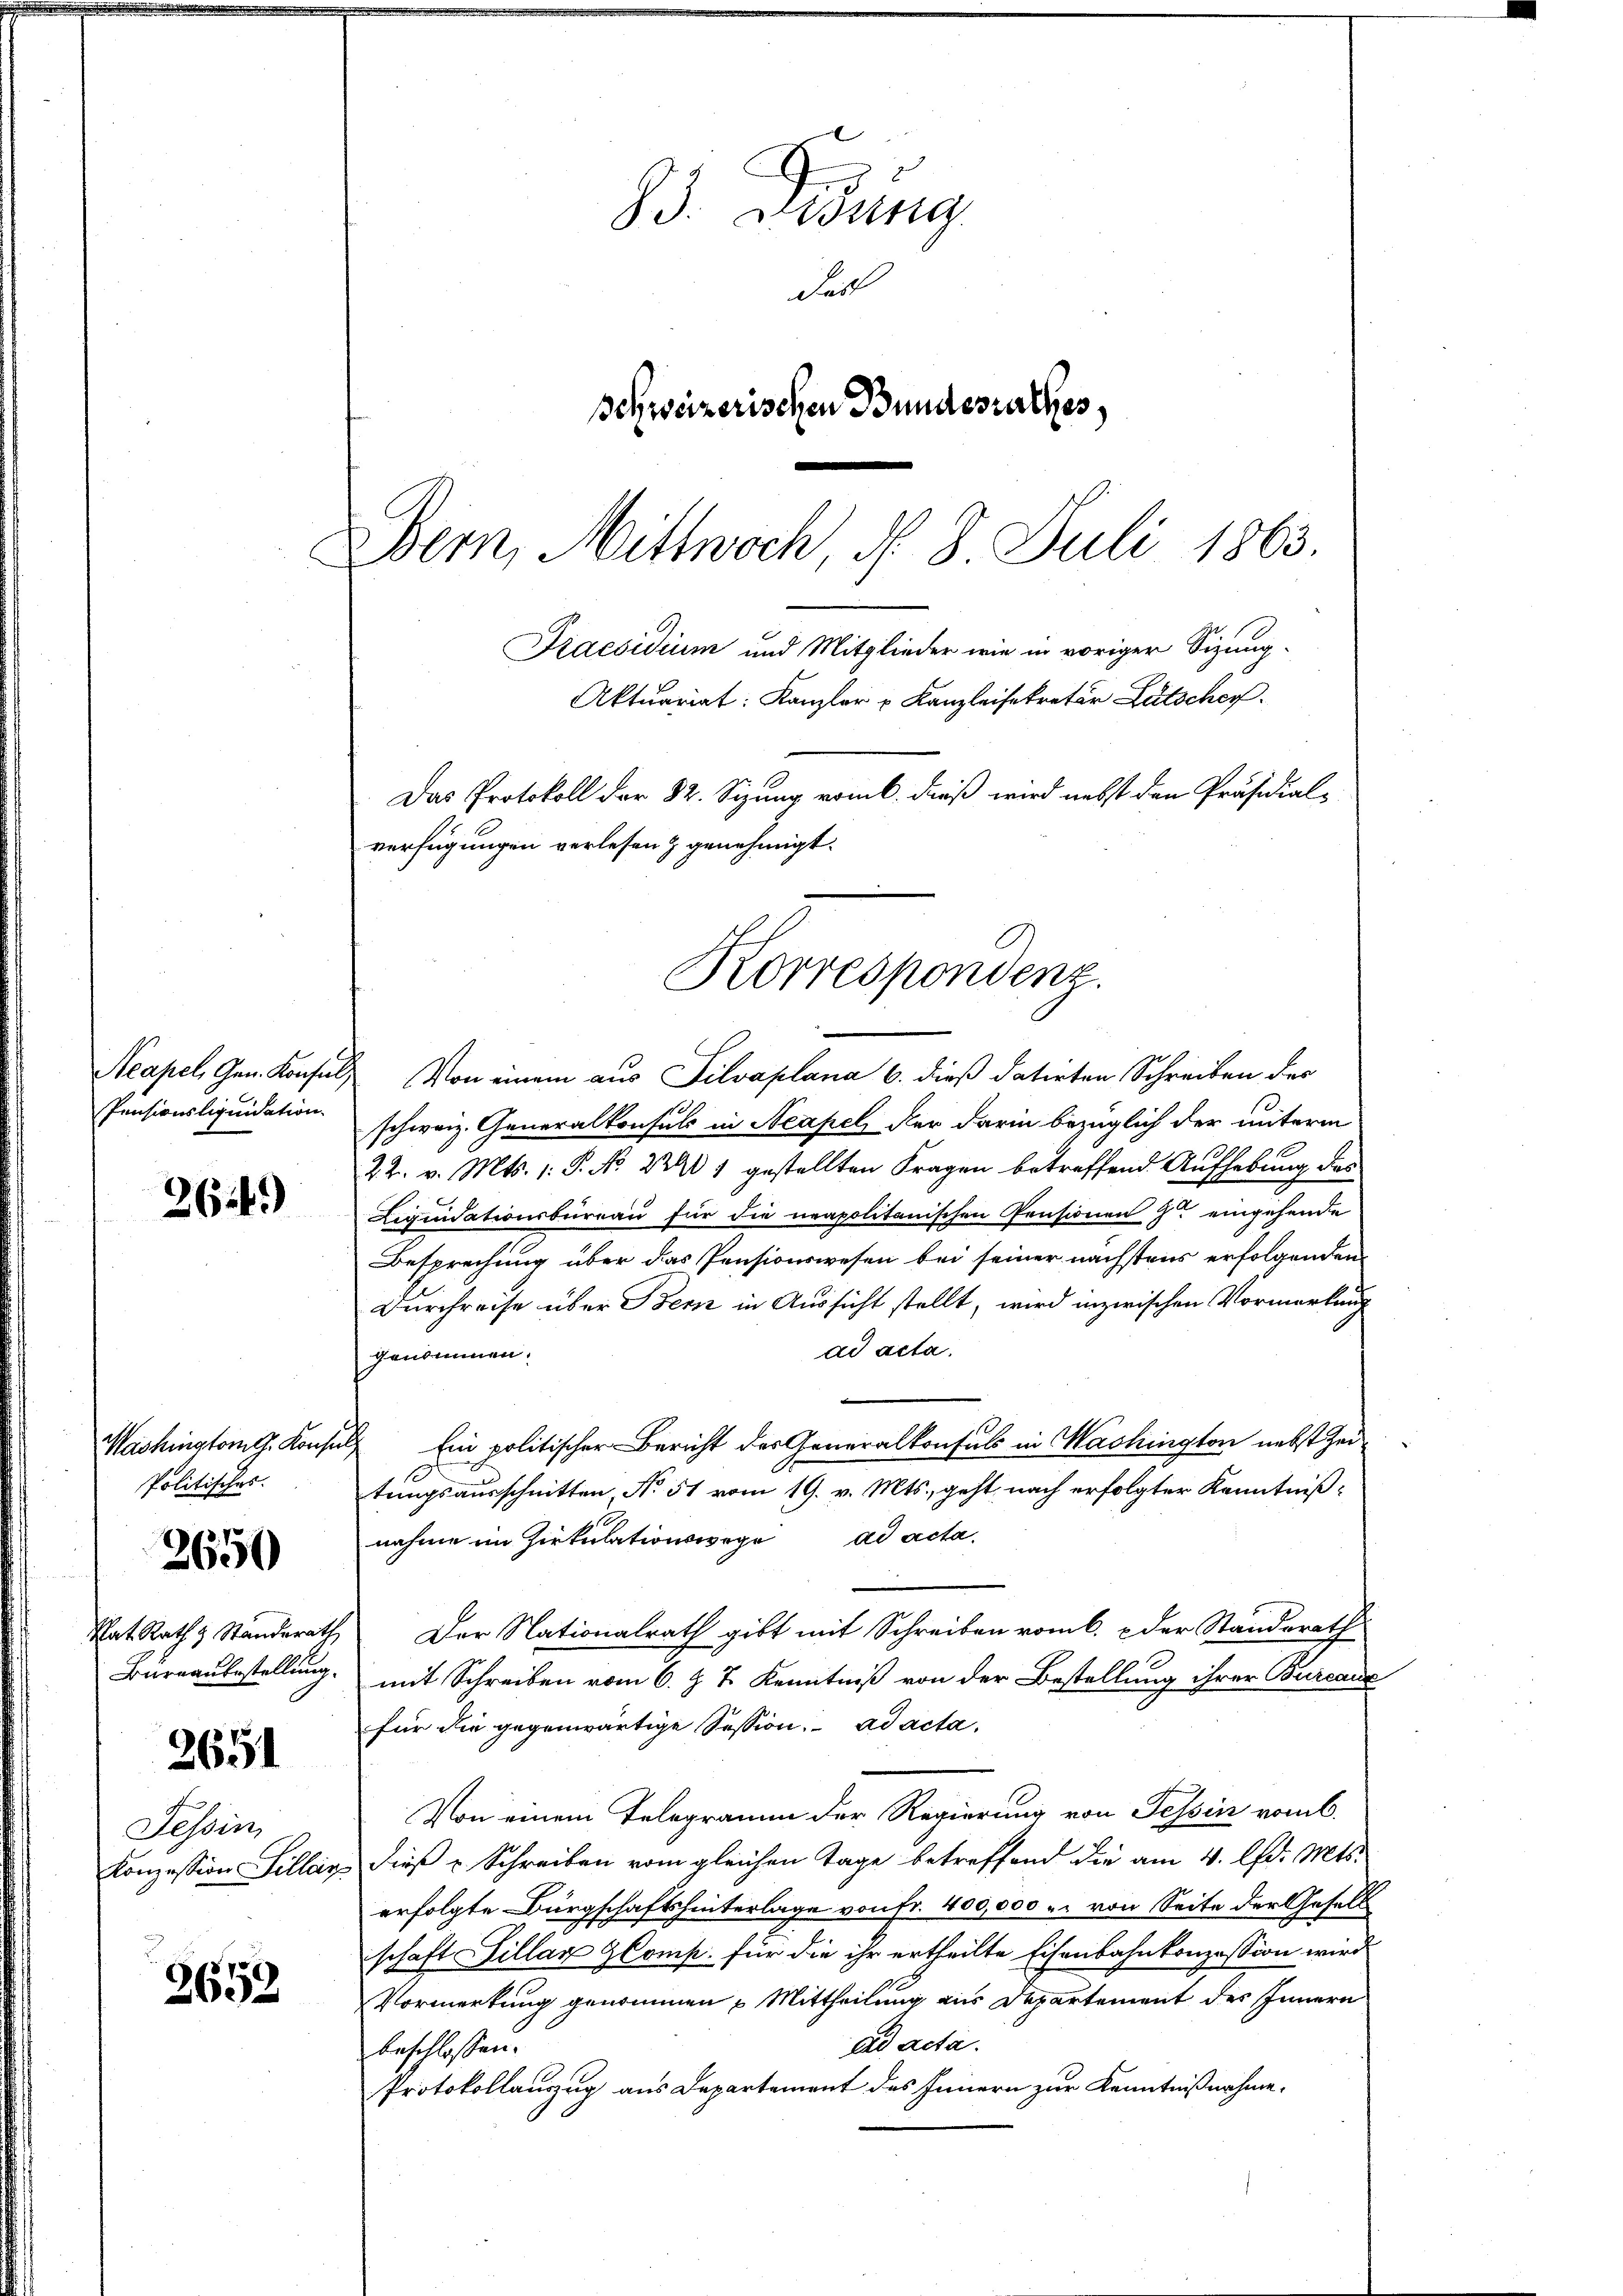
Neapel Gen. Konsul,
Pensionsliquidation.

Washington G. Konsu
Politisches.

2649)

2650

Rat. Rath & Standerath
Bureaubestellung.

2651

2653

Tessin,

Bern, Mittwoch, d. 8. Juli 1863.
Diaesidium und Mitglieder wie in voriger Sizung¬
Aktuariat: Kanzler u Kanzleisekretär Lütschen.
Das Protokoll der 82. Sizung vom 6. dieß wird nebst den Präsidial-
verfügungen verlesen & genehmigt.
Korrespondenz.

93. Didung
Fall
Schweizerischen Bundesrathes,

Von einem aus Silvaplana 6. dieß datirten Schreiben des
schweiz. Generalkonsuls in Neapel der darin bezüglich der unterm
22. v. Mts. 1: P. No 2240 1 gestellten Fragen betreffend Aufhebung des
Liquidationsbüreau für die neapolitanischen Pensionen J. eingehende
Besprechung über das Pensionswesen bei seiner nächstens erfolgenden
Durchreise über Bern in Aussicht stellt, wird inzwischen Vormerkung
ad acta.
genommen.
ich
Ein politischer Bericht der Generalkonsuls in Mashington nebst Zeitungsausschnitten, No 51 vom 19. v. Mts., geht nach erfolgter Kenntnißnahme im Zirkulationswege ad acta.
Der Nationalrath gibt mit Schreiben vom 6. & der Standsrath
mit Schreiben vom 6. J. J. Kenntniß von der Bestellung ihrer Burcane
für die gegenwärtige Session, ad acta,
Von einem Telegramm der Regierung von Tessin vom 6.
Konzession Sillar dies u Schreiben vom gleichen Tage betreffend die am 4. lfd. Mts.
erfolgte Bürgschaft hinterlage von Fr. 400,000 u. von Seite der Gesell
schaft illax Comp. für die ihr ertheilte Eisenbahnkonzession wird
Vormerkung genommen Mittheilung aus Departement des Innern
aad acta.
beschlossen:
Protokollauszug aus Departement des Innern zur Kenntnißnahme.